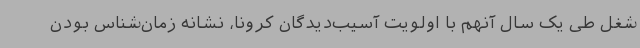
شغل طی یک سال آنهم با اولویت آسیب‌دیدگان کرونا، نشانه زمان‌شناس بودن